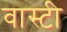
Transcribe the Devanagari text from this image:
वास्टी